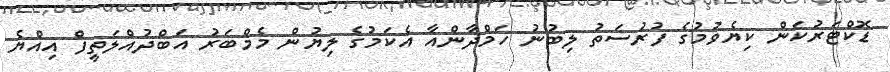
ޑޮކްޓަރުކަން ކިޔެވުމުގެ ފުރުސަތު ލިބުނު ހަމްދާންއާ އެކަމުގެ ލިޔުން މެމްބަރު އަބްދުއްލަތީފް އިއްޔެ